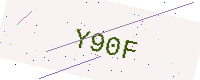
Text: Y90F